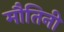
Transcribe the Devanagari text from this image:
मौतिनी